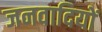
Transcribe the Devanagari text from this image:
जनवादियों